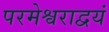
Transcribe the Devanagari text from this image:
परमेश्वराद्वयं